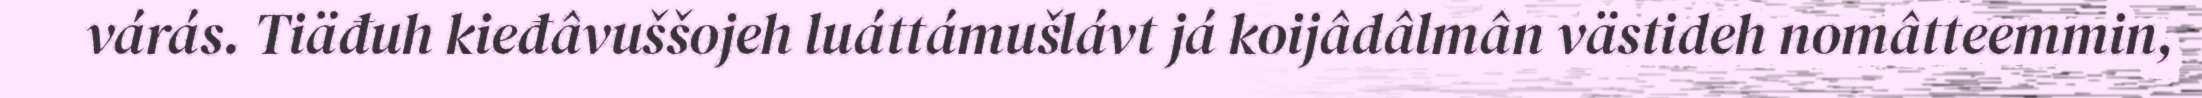
várás. Tiäđuh kieđâvuššojeh luáttámušlávt já koijâdâlmân västideh nomâtteemmin,